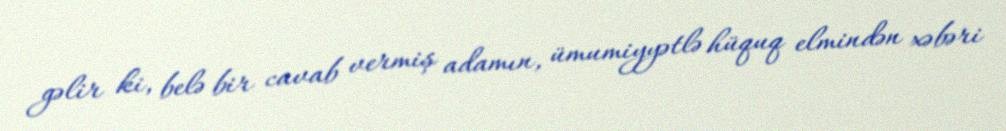
gəlir ki, belə bir cavab vermiş adamın, ümumiyyətlə hüquq elmindən xəbəri